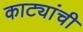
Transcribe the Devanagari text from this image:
काट्यांची